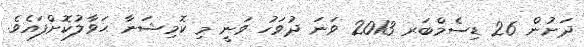
ދަށުން 26 ޑިސެމްބަރ 2013 ވަނަ ދުވަހު ވަނީ މި ކޮމިޝަނާ ޙަވާލުކޮށްފައެވެ.